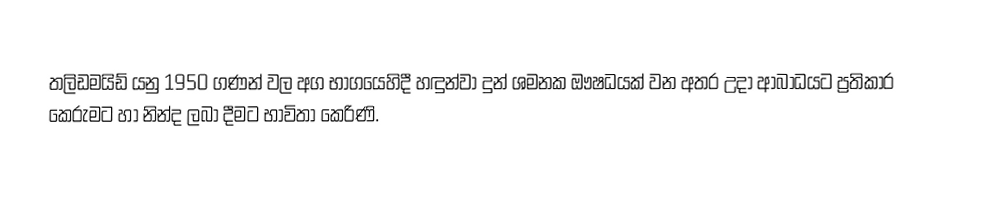
තලිඩමයිඩ්  යනු  1950 ගණන් වල අග භාගයෙහිදී හඳුන්වා දුන් ශමනක ඖෂධයක් වන අතර උදා ආබාධයට ප්‍රතිකාර කෙරුමට හා නින්ද ලබා දීමට භාවිතා කෙරිණි.